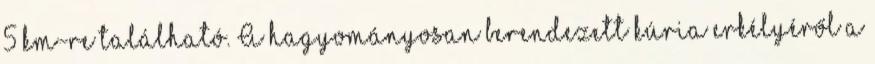
5 km-re található. A hagyományosan berendezett kúria erkélyéről a